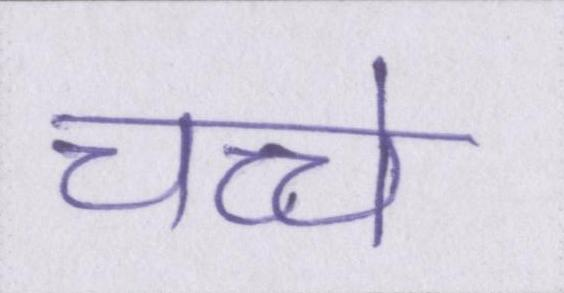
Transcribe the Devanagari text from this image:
चच्चे